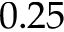
0 . 2 5